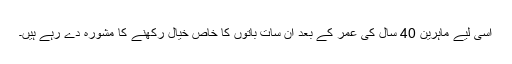
اسی لیے ماہرین 40 سال کی عمر کے بعد ان سات باتوں کا خاص خیال رکھنے کا مشورہ دے رہے ہیں۔